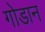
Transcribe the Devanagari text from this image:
गोडान